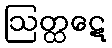
ဩတ္ထဋေ